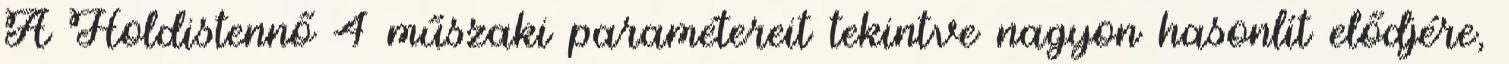
A Holdistennő 4 műszaki paramétereit tekintve nagyon hasonlít elődjére,